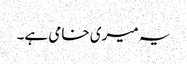
یہ میری خامی ہے۔